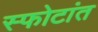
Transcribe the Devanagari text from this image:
स्फोटांत